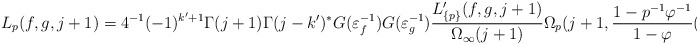
\begin{align*} L_p(f,g,j+1)=4^{-1}(-1)^{k'+1}\Gamma(j+1)\Gamma(j-k')^{*}G(\varepsilon_f^{-1}) G(\varepsilon_g^{-1})\frac{L'_{\{p\}}(f,g,j+1)}{\Omega_\infty(j+1)} \Omega_p(j+1,\frac{ 1-p^{-1}\varphi^{-1}}{1-\varphi}(-t)^{-j-1}\underline{v}), \end{align*}